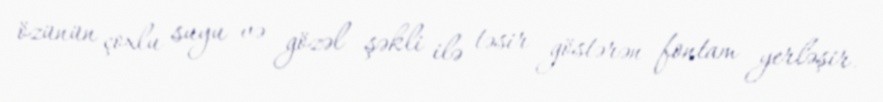
özünün çoxlu suyu və gözəl şəkli ilə təsir göstərən fontam yerləşir.